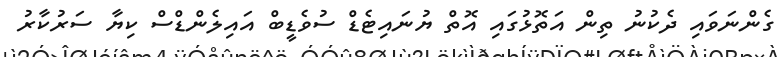
ގެންނަވައި ދެކުނު ތިން އަތޮޅުގައި އޮތް ޔުނައިޓެޑް ސުވެޑީބް އައިލެންޑްސް ކިޔާ ސަރުކާރު